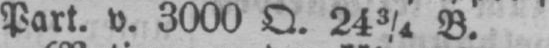
Part. v. 3000 O. 24 3/4 B.